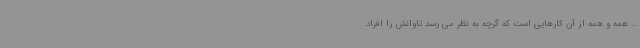
... همه و همه از آن کارهایی است که گرچه به نظر می رسد تاوانش را افراد